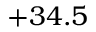
+ 3 4 . 5